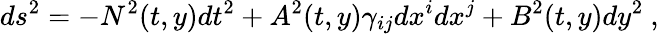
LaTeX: ds^{2}=-N^{2}(t,y)dt^{2}+A^{2}(t,y)\gamma_{ij}dx^{i}dx^{j}+B^{2}(t,y)dy^{2}\ ,